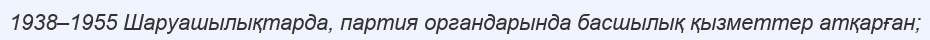
1938–1955 Шаруашылықтарда, партия органдарында басшылық қызметтер атқарған;